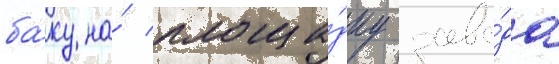
ба́ку на́ площа́дку заво́да